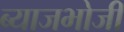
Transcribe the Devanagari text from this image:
ब्याजभोजी